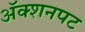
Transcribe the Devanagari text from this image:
अॅक्शनपट